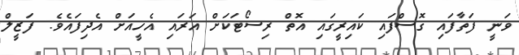
ވަނީ ފަތާފައި ގޮސްފައި ކައިރީގައި އޮތް ރިސޯޓަކަށް އަރައި އެހީއަށް އެދިފައެވެ. ފަޒީލް